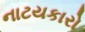
નાટયકારો